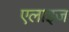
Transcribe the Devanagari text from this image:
एलाइज़